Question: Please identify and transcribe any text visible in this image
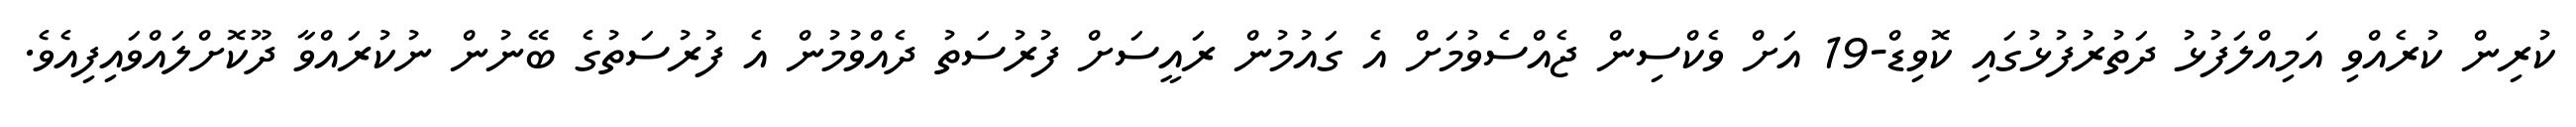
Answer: ކުރިން ކުރެއްވި އަމިއްލަފުޅު ދަތުރުފުޅުގައި ކޮވިޑް-19 އަށް ވެކްސިން ޖެއްސެވުމަށް އެ ގައުމުން ރައީސަށް ފުރުސަތު ދެއްވުމުން އެ ފުރުސަތުގެ ބޭނުން ނުކުރައްވާ ދޫކޮށްލައްވައިފިއެވެ.